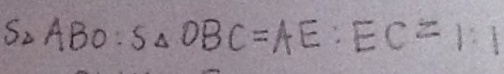
S _ { \Delta } A B O : S _ { \Delta } O B C = A E : E C = 1 : 1